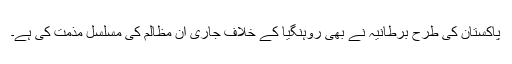
پاکستان کی طرح برطانیہ نے بھی روہنگیا کے خلاف جاری ان مظالم کی مسلسل مذمت کی ہے۔